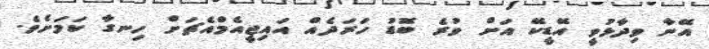
އޭނާ ވިދާޅުވީ އޭޑީކޭ އަށް ވުރެ ބޮޑު ހަރަދެއް އައިޖީއެމްއެޗަށް ހިނގާ ކަމަށެވެ.